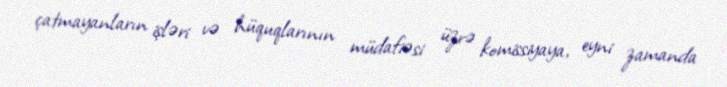
çatmayanların işləri və hüquqlarının müdafiəsi üzrə komissiyaya, eyni zamanda